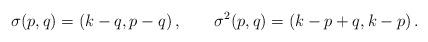
LaTeX: \begin{align*}\sigma(p,q) = (k-q,p-q)\,,\qquad \sigma^2 (p,q) =(k-p+q,k-p) \,.\end{align*}